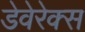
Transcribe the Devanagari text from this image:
डेवेरेक्स